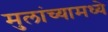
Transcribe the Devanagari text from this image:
मुलांच्यामध्ये